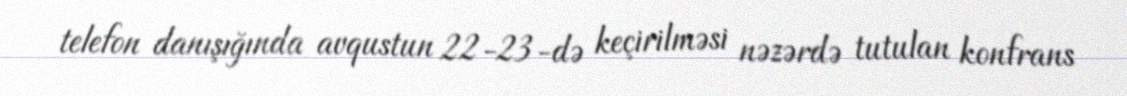
telefon danışığında avqustun 22-23-də keçirilməsi nəzərdə tutulan konfrans